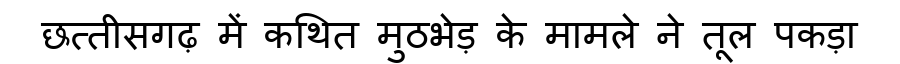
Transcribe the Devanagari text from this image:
छत्तीसगढ़ में कथित मुठभेड़ के मामले ने तूल पकड़ा